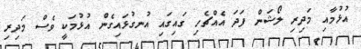
އުޅުމާއި މަދިރި ލޯޝަން ފަދަ އެއްޗެހި ގައިގައި އުނގުޅައިގެން އުޅުމަކީ ވެސް މަދިރި